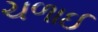
ચળાઈ